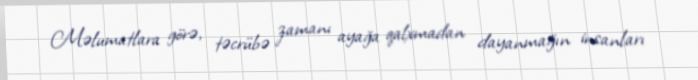
Məlumatlara görə, təcrübə zamanı ayağa qalxmadan dayanmağın insanları